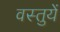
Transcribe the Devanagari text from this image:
वस्‍तुयें